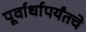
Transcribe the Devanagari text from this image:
पूर्वार्धापर्यंतचे